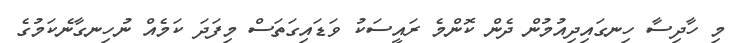
މި ހާދިސާ ހިނގައިދިއުމުން ދެން ކޮންމެ ރައީސަކު ވަޑައިގަތަސް މިފަދަ ކަމެއް ނުހިނގާނެކަމުގެ